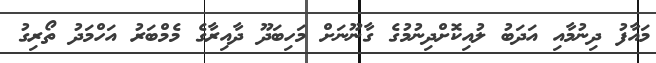
މައާފު ދިނުމާއި އަދަބު ލުއިކޮށްދިނުމުގެ ގާނޫނަށް މަހިބަދޫ ދާއިރާގެ މެމްބަރު އަހްމަދު ތޯރިގު